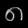
Digit: ၈